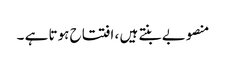
منصوبے بنتے ہیں ، افتتاح ہوتا ہے ۔